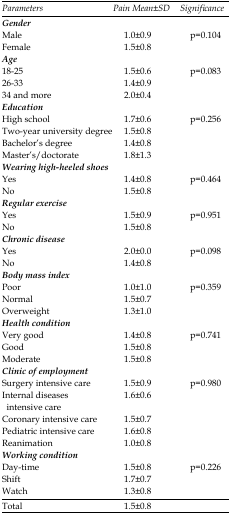
<table><thead><tr><td><b><i>Parameters</i></b></td><td><b><i>Pain</i><i>Mean±SD</i></b></td><td><b><i>Significance </i></b></td></tr><tr><td><b><i>Gender</i></b></td><td></td><td></td></tr></thead><tbody><tr><td>MaleFemale</td><td>1.0<b>±</b>0.91.5±0.8</td><td>p=0.104</td></tr><tr><td><i>Age</i></td><td></td><td></td></tr><tr><td>18-2526-3334 and more</td><td>1.5±0.61.4±0.92.0±0.4</td><td>p=0.083</td></tr><tr><td><i>Education</i></td><td></td><td></td></tr><tr><td>High schoolTwo-year university degreeBachelor’s degreeMaster’s/doctorate</td><td>1.7±0.61.5±0.81.4±0.81.8±1.3</td><td>p=0.256</td></tr><tr><td><i>Wearing high-heeled shoes </i></td><td></td><td></td></tr><tr><td>YesNo</td><td>1.4±0.81.5±0.8</td><td>p=0.464</td></tr><tr><td><i>Regular exercise</i></td><td></td><td></td></tr><tr><td>YesNo</td><td>1.5±0.91.5±0.8</td><td>p=0.951</td></tr><tr><td><i>Chronic disease</i></td><td></td><td></td></tr><tr><td>YesNo</td><td>2.0±0.01.4±0.8</td><td>p=0.098 </td></tr><tr><td><i>Body mass index</i></td><td></td><td></td></tr><tr><td>PoorNormalOverweight</td><td>1.0±1.0 1.5±0.71.3±1.0</td><td>p=0.359</td></tr><tr><td><i>Health condition</i></td><td></td><td></td></tr><tr><td>Very goodGoodModerate</td><td>1.4±0.8 1.5±0.81.5±0.8</td><td>p=0.741 </td></tr><tr><td><i>Clinic of employment</i></td><td></td><td></td></tr><tr><td>Surgery intensive careInternal diseases intensive careCoronary intensive carePediatric intensive careReanimation</td><td>1.5±0.91.6±0.61.5±0.71.6±0.81.0±0.8</td><td>p=0.980</td></tr><tr><td><i>Working condition</i></td><td></td><td></td></tr><tr><td>Day-timeShiftWatch</td><td>1.5±0.81.7±0.71.3±0.8</td><td>p=0.226</td></tr></tbody></table>